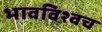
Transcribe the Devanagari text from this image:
भावविश्वच